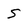
Character: S